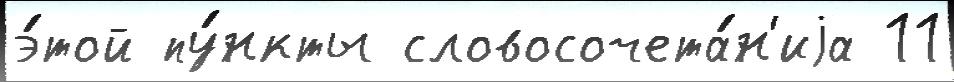
э́той пу́нкты словосочета́н'иjа 11